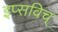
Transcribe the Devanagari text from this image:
इप्सविच्‌